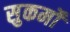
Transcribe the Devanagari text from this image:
सुकर्मों